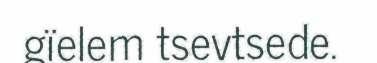
gïelem tsevtsede.